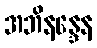
အဘိနန္ဒေန